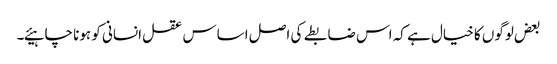
بعض لوگوں کا خیال ہے کہ اس ضابطے کی اصل اساس عقل انسانی کو ہونا چاہیئے۔